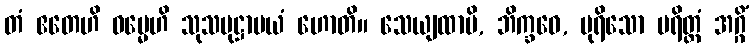
တံ ဧတေဟိ ဓမ္မေဟိ သုသမုဋ္ဌာပယံ ဟောတိ။ သေယျထာပိ, ဘိက္ခဝေ, ပုရိသော ပရိတ္တံ အဂ္ဂိံ